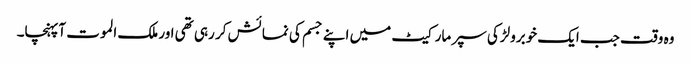
وہ وقت جب ایک خوبرولڑکی سپر مارکیٹ میں اپنے جسم کی نمائش کر رہی تھی اور ملک الموت آپہنچا۔